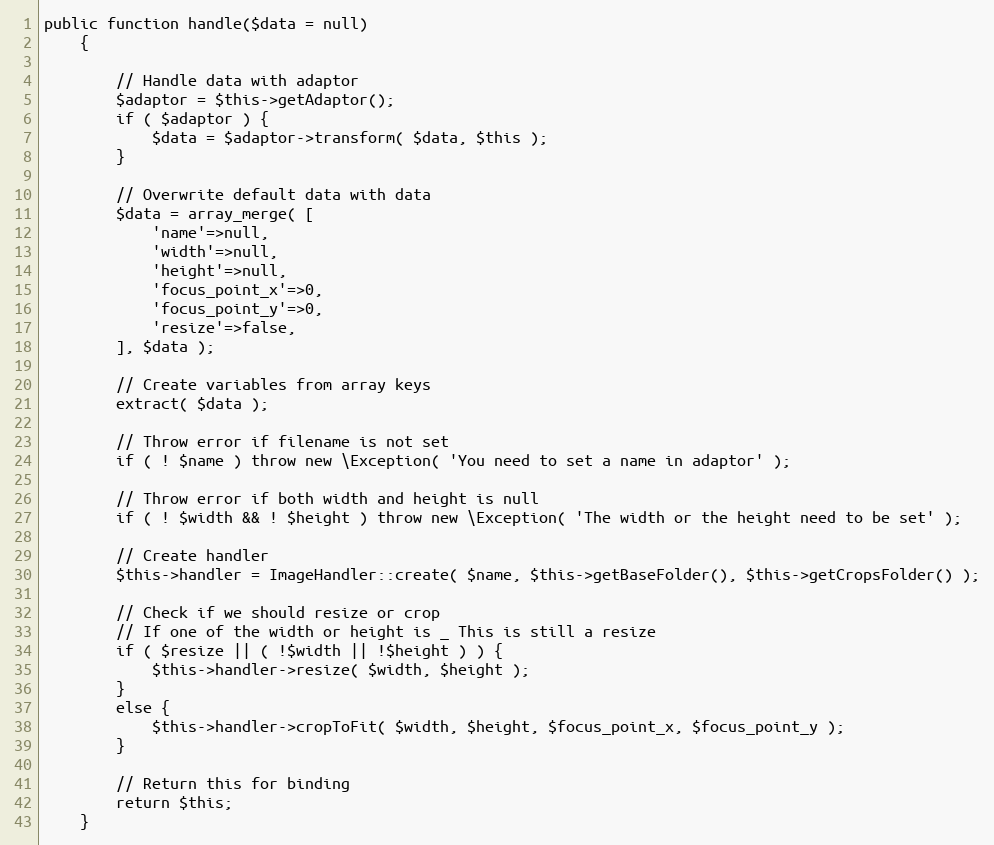
Language: PHP
public function handle($data = null)
    {

        // Handle data with adaptor
        $adaptor = $this->getAdaptor();
        if ( $adaptor ) {
            $data = $adaptor->transform( $data, $this );
        }

        // Overwrite default data with data
        $data = array_merge( [
            'name'=>null,
            'width'=>null,
            'height'=>null,
            'focus_point_x'=>0,
            'focus_point_y'=>0,
            'resize'=>false,
        ], $data );

        // Create variables from array keys
        extract( $data );

        // Throw error if filename is not set
        if ( ! $name ) throw new \Exception( 'You need to set a name in adaptor' );

        // Throw error if both width and height is null
        if ( ! $width && ! $height ) throw new \Exception( 'The width or the height need to be set' );

        // Create handler
        $this->handler = ImageHandler::create( $name, $this->getBaseFolder(), $this->getCropsFolder() );

        // Check if we should resize or crop
        // If one of the width or height is _ This is still a resize
        if ( $resize || ( !$width || !$height ) ) {
            $this->handler->resize( $width, $height );
        }
        else {
            $this->handler->cropToFit( $width, $height, $focus_point_x, $focus_point_y );
        }

        // Return this for binding
        return $this;
    }